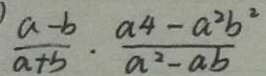
\frac { a - b } { a + b } \cdot \frac { a ^ { 4 } - a ^ { 2 } b ^ { 2 } } { a ^ { 2 } - a b }